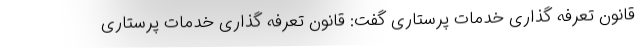
قانون تعرفه گذاری خدمات پرستاری گفت: قانون تعرفه گذاری خدمات پرستاری